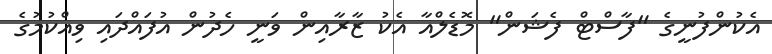
އެކުންފުނީގެ "ފާސްޓް ފެޝަން" މޮޑެލްއާ އެކު ޒާރާއިން ވަނީ ހެދުން އުފައްދައި ވިއްކުމުގެ